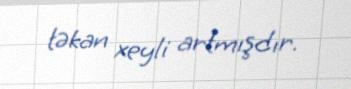
təkan xeyli artmışdır.